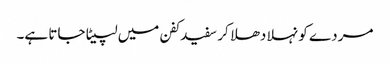
مردے کو نہلا دھلا کر سفید کفن میں لپیٹا جاتا ہے۔